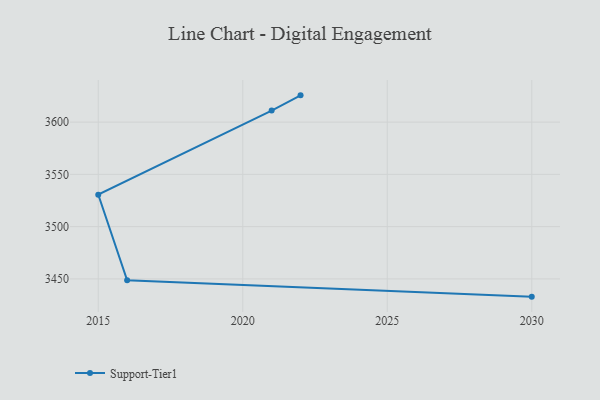
{"axis": {"x": "Year", "y": "Net Income (USD K)"}, "legend": ["Support-Tier1"], "data": [{"x": "2030", "y": 3433.0, "type": "Support-Tier1"}, {"x": "2016", "y": 3448.6, "type": "Support-Tier1"}, {"x": "2015", "y": 3530.6, "type": "Support-Tier1"}, {"x": "2021", "y": 3611.0, "type": "Support-Tier1"}, {"x": "2022", "y": 3625.6, "type": "Support-Tier1"}]}